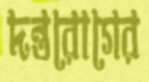
দন্তরোগের